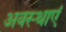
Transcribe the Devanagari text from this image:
अवस्‍थाएं